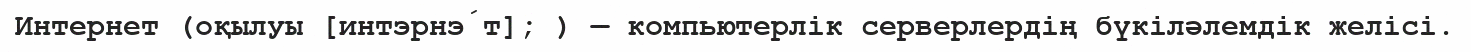
Интернет (оқылуы [интэрнэ́т]; ) — компьютерлік серверлердің бүкіләлемдік желісі.